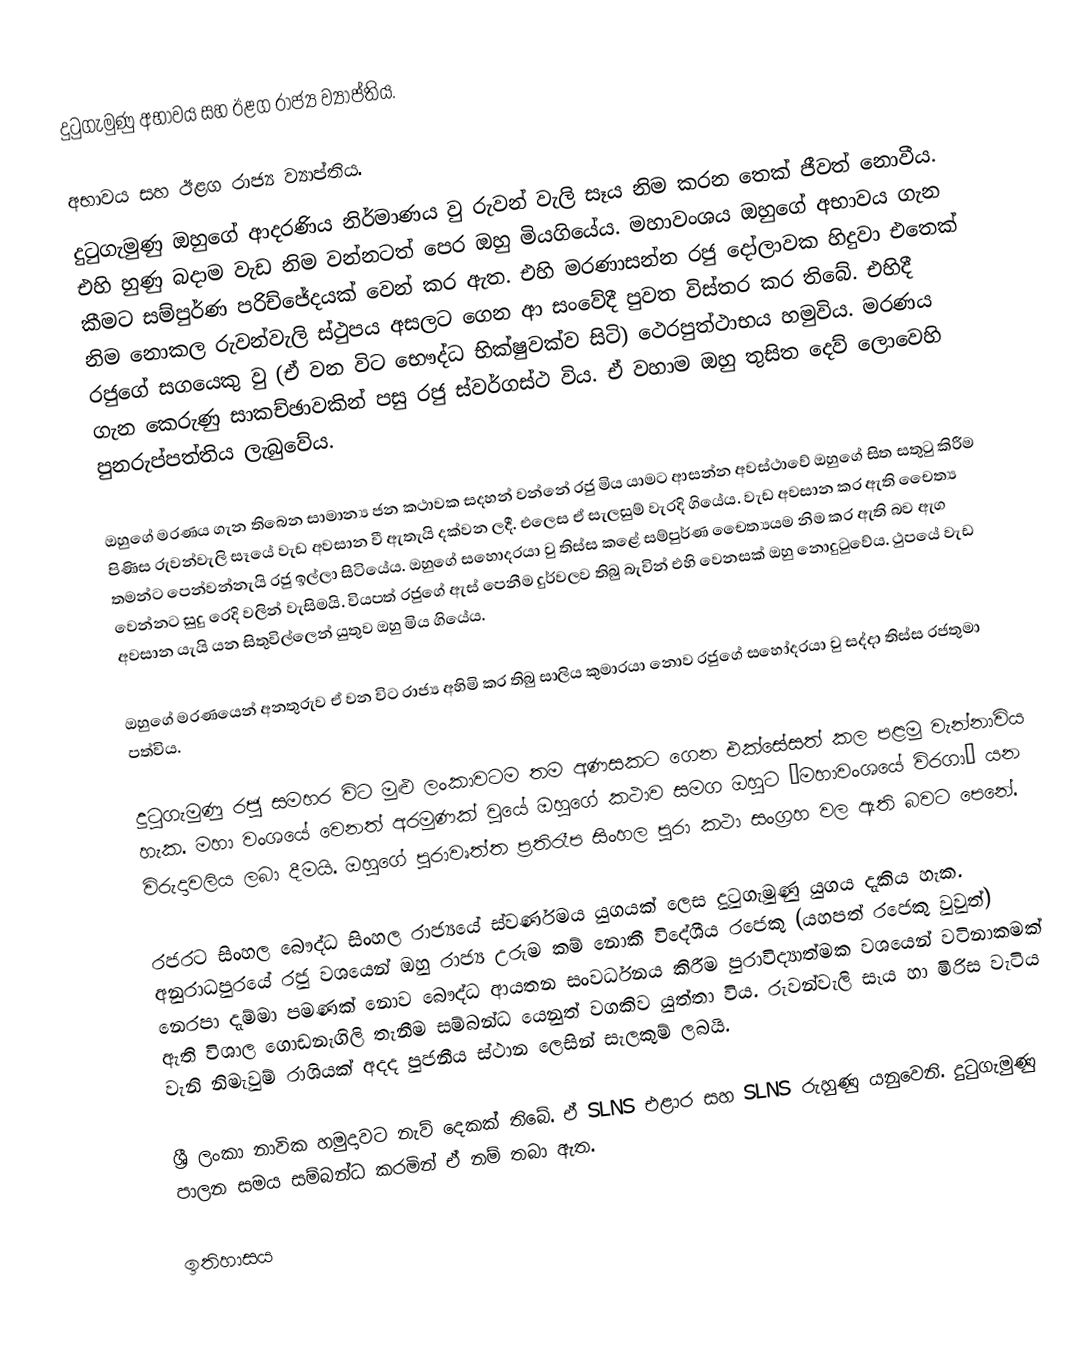
දුටුගැමුණු අභාවය සහ ඊළග රාජ්‍ය ව්‍යාප්තිය.

අභාවය සහ ඊළග රාජ්‍ය ව්‍යාප්තිය.
දුටුගැමුණු ඔහුගේ ආදරණිය නිර්මාණය වු රුවන් වැලි සෑය නිම කරන තෙක් ජීවත් නොවීය. එහි හුණු බදාම වැඩ නිම වන්නටත් පෙර ඔහු මියගියේය. මහාවංශය ඔහුගේ අභාවය ගැන කීමට සම්පුර්ණ පරිච්ජේදයක් වෙන් කර ඇත. එහි මරණාසන්න රජු දෝල‍ාවක හිදුවා එතෙක් නිම නොකල රුවන්වැලි ස්ථුපය අසලට ගෙන ආ සංවේදී පුවත විස්තර කර තිබේ. එහිදී රජුගේ සගයෙකු වු (ඒ වන විට භෞද්ධ භික්ෂුවක්ව සිටි) ථෙරපුත්ථාභය හමුවිය. මරණය ගැන කෙරුණු සාකච්ඡාවකින් පසු රජු ස්වර්ගස්ථ විය. ඒ වහාම ඔහු තුසිත දෙව් ලොවෙහි පුනරුප්පත්තිය ලැබුවේය.

ඔහුගේ මරණය ගැන තිබෙන සාමාන්‍ය ජන කථාවක සදහන් වන්නේ රජු මිය යාමට ආසන්න අවස්ථාවේ ඔහුගේ සිත සතුටු කිරීම පිණිස රුවන්වැලි සෑයේ වැඩ අවසාන වී ඇතැයි දක්වන ලදී. එලෙස ඒ සැලසුම් වැරදි ගියේය. වැඩ අවසාන කර ඇති චෛත්‍ය තමන්ට පෙන්වන්නැයි රජු ඉල්ලා සිටියේය. ඔහුගේ සහොදරයා වු තිස්ස කළේ සම්පුර්ණ චෛත්‍යයම නිම කර ඇති බව ඇග වෙන්නට සුදු රෙදි වලින් වැසිමයි. වියපත් රජුගේ ඇස් පෙනීම දුර්වලව තිබු බැවින් එහි වෙනසක් ඔහු නොදුටුවේය. ථුපයේ වැඩ අවසාන යැයි යන සිතුවිල්ලෙන් යුතුව ඔහු මිය ගියේය.

ඔහුගේ මරණයෙන් අනතුරුව ඒ වන විට රාජ්‍ය අහිමි කර තිබු සාලිය  කුමාරයා නොව රජුගේ සහෝදරයා වු සද්දා තිස්ස රජතුමා පත්විය.

දුටුගැමුණු රජු සමහර විට මුළු ලංකාවටම තම අණසකට ගෙන එක්සේසත් කල පළමු වැන්නාවිය හැක. මහා වංශයේ වෙනත් අරමුණක් වුයේ ඔහුගේ කථාව සමග ඔහුට ‘මහාවංශයේ විරගා’ යන විරුදාවලිය ලබා දීමයි. ඔහුගේ පුරාවෘත්ත ප්‍රතිරෑප සිංහල පුරා කථා සංග්‍රහ වල ඇති බවට පෙනේ.

රජරට සිංහල බෞද්ධ සිංහල රාජ්‍යයේ ස්වර්ණමය යුගයක් ලෙස දුටුගැමුණු යුගය දැකිය හැක. අනුරාධපුරයේ රජු වශයෙන් ඔහු රාජ්‍ය උරුම කම් නොකී විදේශීය රජෙකු (යහපත් රජෙකු වුවුත්) නෙරපා දැම්මා පමණක් නොව බෞද්ධ ආයතන සංවර්ධනය කිරීම පුරාවිද්‍යාත්මක වශයෙන් වටිනාකමක් ඇති විශාල ගොඩනැගිලි තැනීම සම්බන්ධ යෙනුත් වගකිව යුත්තා විය. රුවන්වැලි සෑය හා මිරිස වැටිය වැනි නිමැවුම් රාශියක් අදද පුජනීය ස්ථාන ලෙසින් සැලකුම් ලබයි.

ශ්‍රී ලංකා නාවික හමුදාවට නැව් දෙකක් තිබේ. ඒ SLNS එළාර සහ SLNS රුහුණු යනුවෙනි. දුටුගැමුණු පාලන සමය සම්බන්ධ කරමින් ඒ නම් තබා ඇත.

 ඉතිහාසය